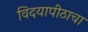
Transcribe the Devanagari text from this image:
विदयापीठाचा